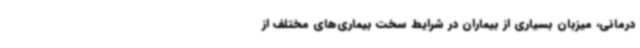
درمانی، میزبان بسیاری از بیماران در شرایط سخت بیماری‌های مختلف از